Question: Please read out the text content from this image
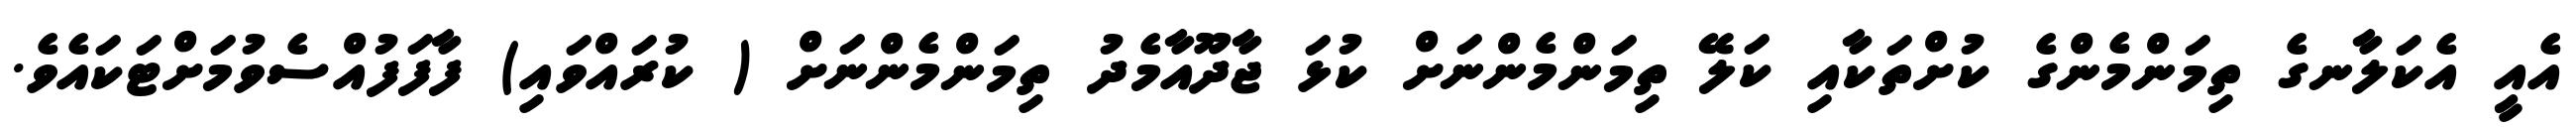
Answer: އެއީ އެކަލާނގެ ތިމަންމެންގެ ކުށްތަކާއި ކަލޭ ތިމަންމެންނަށް ކުޅަ ޖާދޫއާމެދު ތިމަންމެންނަށް ( ކުރައްވައި) ފާފަފުއްސެވުމަށްޓަކައެވެ.